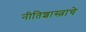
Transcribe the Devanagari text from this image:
नीतिशास्त्राचे